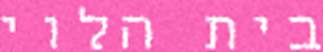
בית הלוי